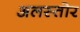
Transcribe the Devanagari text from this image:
अलस्तोर